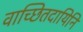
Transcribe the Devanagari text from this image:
वाच्छितदायिनि